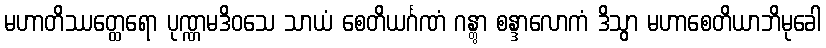
မဟာတိဿတ္ထေရော ပုဏ္ဏမဒိဝသေ သာယံ စေတိယင်္ဂဏံ ဂန္တွာ စန္ဒာလောကံ ဒိသွာ မဟာစေတိယာဘိမုခေါ